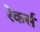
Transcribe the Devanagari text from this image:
रेकर्स